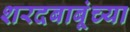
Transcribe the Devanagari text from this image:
शरदबाबूंच्या